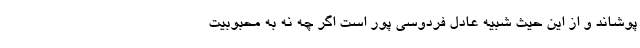
پوشاند و از این حیث شبیه عادل فردوسی پور است اگر چه نه به محبوبیت